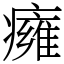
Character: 癕